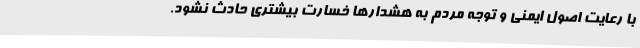
با رعایت اصول ایمنی و توجه مردم به هشدارها خسارت بیشتری حادث نشود.